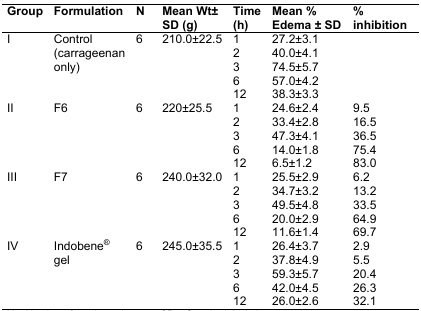
<table><thead><tr><td><b>Group</b></td><td><b>Formulation</b></td><td><b>N</b></td><td><b>Mean Wt± SD (g)</b></td><td><b>Time (h)</b></td><td><b>Mean % Edema ± SD</b></td><td><b>% inhibition</b></td></tr></thead><tbody><tr><td rowspan="5">I</td><td rowspan="5">Control (carrageenan only)</td><td>6</td><td>210.0±22.5</td><td>1</td><td>27.2±3.1</td><td></td></tr><tr><td></td><td></td><td>2</td><td>40.0±4.1</td><td></td></tr><tr><td></td><td></td><td>3</td><td>74.5±5.7</td><td></td></tr><tr><td></td><td></td><td>6</td><td>57.0±4.2</td><td></td></tr><tr><td></td><td></td><td>12</td><td>38.3±3.3</td><td></td></tr><tr><td rowspan="5">II</td><td rowspan="5">F6</td><td>6</td><td>220±25.5</td><td>1</td><td>24.6±2.4</td><td>9.5</td></tr><tr><td></td><td></td><td>2</td><td>33.4±2.8</td><td>16.5</td></tr><tr><td></td><td></td><td>3</td><td>47.3±4.1</td><td>36.5</td></tr><tr><td></td><td></td><td>6</td><td>14.0±1.8</td><td>75.4</td></tr><tr><td></td><td></td><td>12</td><td>6.5±1.2</td><td>83.0</td></tr><tr><td rowspan="5">III</td><td rowspan="5">F7</td><td>6</td><td>240.0±32.0</td><td>1</td><td>25.5±2.9</td><td>6.2</td></tr><tr><td></td><td></td><td>2</td><td>34.7±3.2</td><td>13.2</td></tr><tr><td></td><td></td><td>3</td><td>49.5±4.8</td><td>33.5</td></tr><tr><td></td><td></td><td>6</td><td>20.0±2.9</td><td>64.9</td></tr><tr><td></td><td></td><td>12</td><td>11.6±1.4</td><td>69.7</td></tr><tr><td rowspan="5">IV</td><td rowspan="5">Indobene<sup>®</sup> gel</td><td>6</td><td>245.0±35.5</td><td>1</td><td>26.4±3.7</td><td>2.9</td></tr><tr><td></td><td></td><td>2</td><td>37.8±4.9</td><td>5.5</td></tr><tr><td></td><td></td><td>3</td><td>59.3±5.7</td><td>20.4</td></tr><tr><td></td><td></td><td>6</td><td>42.0±4.5</td><td>26.3</td></tr><tr><td></td><td></td><td>12</td><td>26.0±2.6</td><td>32.1</td></tr></tbody></table>